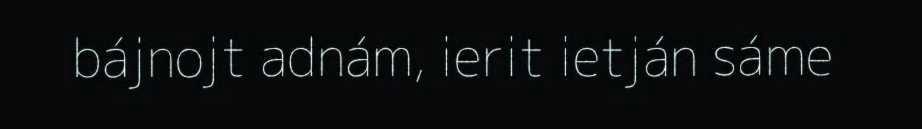
bájnojt adnám, ierit ietján sáme